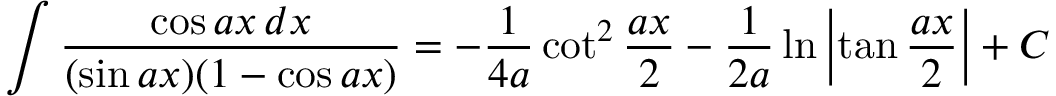
\int { \frac { \cos a x \, d x } { ( \sin a x ) ( 1 - \cos a x ) } } = - { \frac { 1 } { 4 a } } \cot ^ { 2 } { \frac { a x } { 2 } } - { \frac { 1 } { 2 a } } \ln \left| \tan { \frac { a x } { 2 } } \right| + C